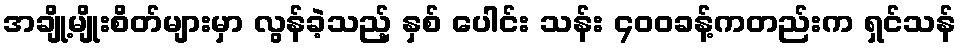
အချို့မျိုးစိတ်များမှာ လွန်ခဲ့သည့် နှစ် ပေါင်း သန်း ၄၀၀ခန့်ကတည်းက ရှင်သန်